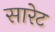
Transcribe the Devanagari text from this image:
सारेट